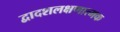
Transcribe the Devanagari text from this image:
द्वादशलक्षणात्मक